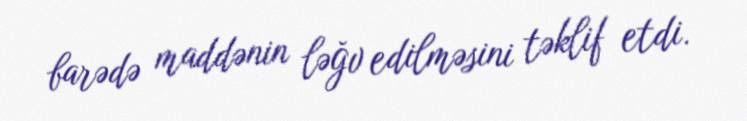
barədə maddənin ləğv edilməsini təklif etdi.